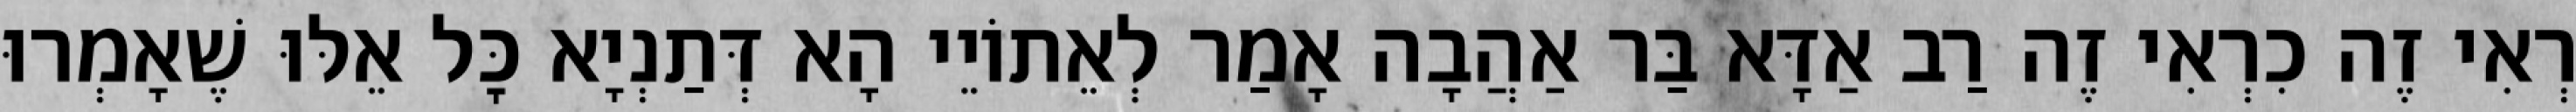
רְאִי זֶה כִרְאִי זֶה רַב אַדָּא בַּר אַהֲבָה אָמַר לְאֵתוֹיֵי הָא דְּתַנְיָא כׇּל אֵלּוּ שֶׁאָמְרוּ